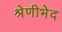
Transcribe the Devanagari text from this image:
श्रेणीभेद